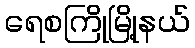
ရေစကြိုမြို့နယ်